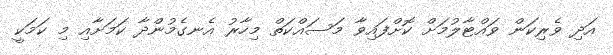
އަދި ވެރިކަން ވައްޓާލުމަށް ކޮށްފައިވާ މަސައްކަތް މިހާރު އެނގެމުންދާ ކަމަށާއި މި ކަމަކީ